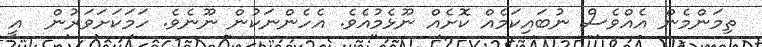
ތިމަންމެން އެއްވެސް ނުބައިކަމެއް ކޮށެއް ނޫޅެމުއެވެ. އެހެންނަކުން ނޫނެވެ. ހަމަކަށަވަރުން  އީ